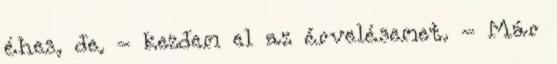
éhes, de. - kezdem el az érvelésemet. - Már